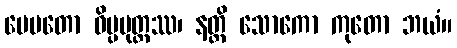
ပေမတော ဝိပ္ပမုတ္တဿ၊ နတ္ထိ သောကော ကုတော ဘယံ။